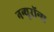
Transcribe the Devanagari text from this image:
नन्यूरॉन्स